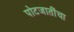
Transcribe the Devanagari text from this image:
पोटजातींचा